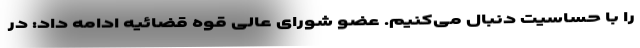
را با حساسیت دنبال می‌کنیم. عضو شورای عالی قوه قضائیه ادامه داد: در